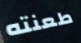
طعنته